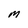
Character: M